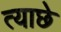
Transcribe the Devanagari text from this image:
त्याछे